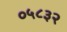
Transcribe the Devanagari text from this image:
०५८३२